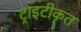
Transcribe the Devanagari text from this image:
ट्राइटीकृत